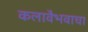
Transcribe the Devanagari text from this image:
कलावैभवाचा